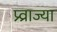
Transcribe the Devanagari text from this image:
प्र्व्राज्या